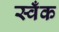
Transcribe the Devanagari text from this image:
स्वँक